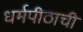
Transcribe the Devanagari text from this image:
धर्मपीठाची